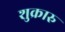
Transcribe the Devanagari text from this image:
शुक्रारु